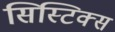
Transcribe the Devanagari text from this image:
सिस्टिक्स